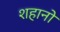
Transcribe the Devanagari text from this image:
शहानो